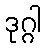
ဒုဂ္ဂါ